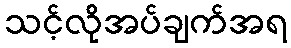
သင့်လိုအပ်ချက်အရ